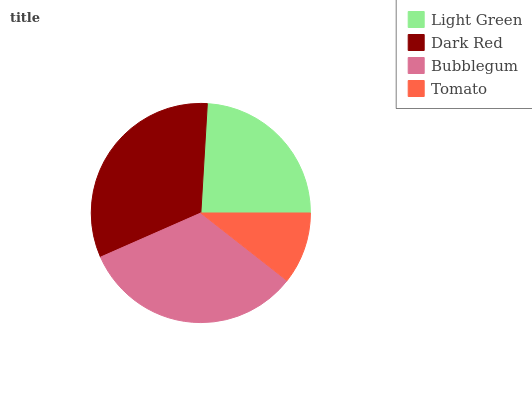
| Light Green | Dark Red | Bubblegum | Tomato |
 | --- | --- | --- | --- |
 | 24.1% | 32.5% | 32.8% | 10.6% |